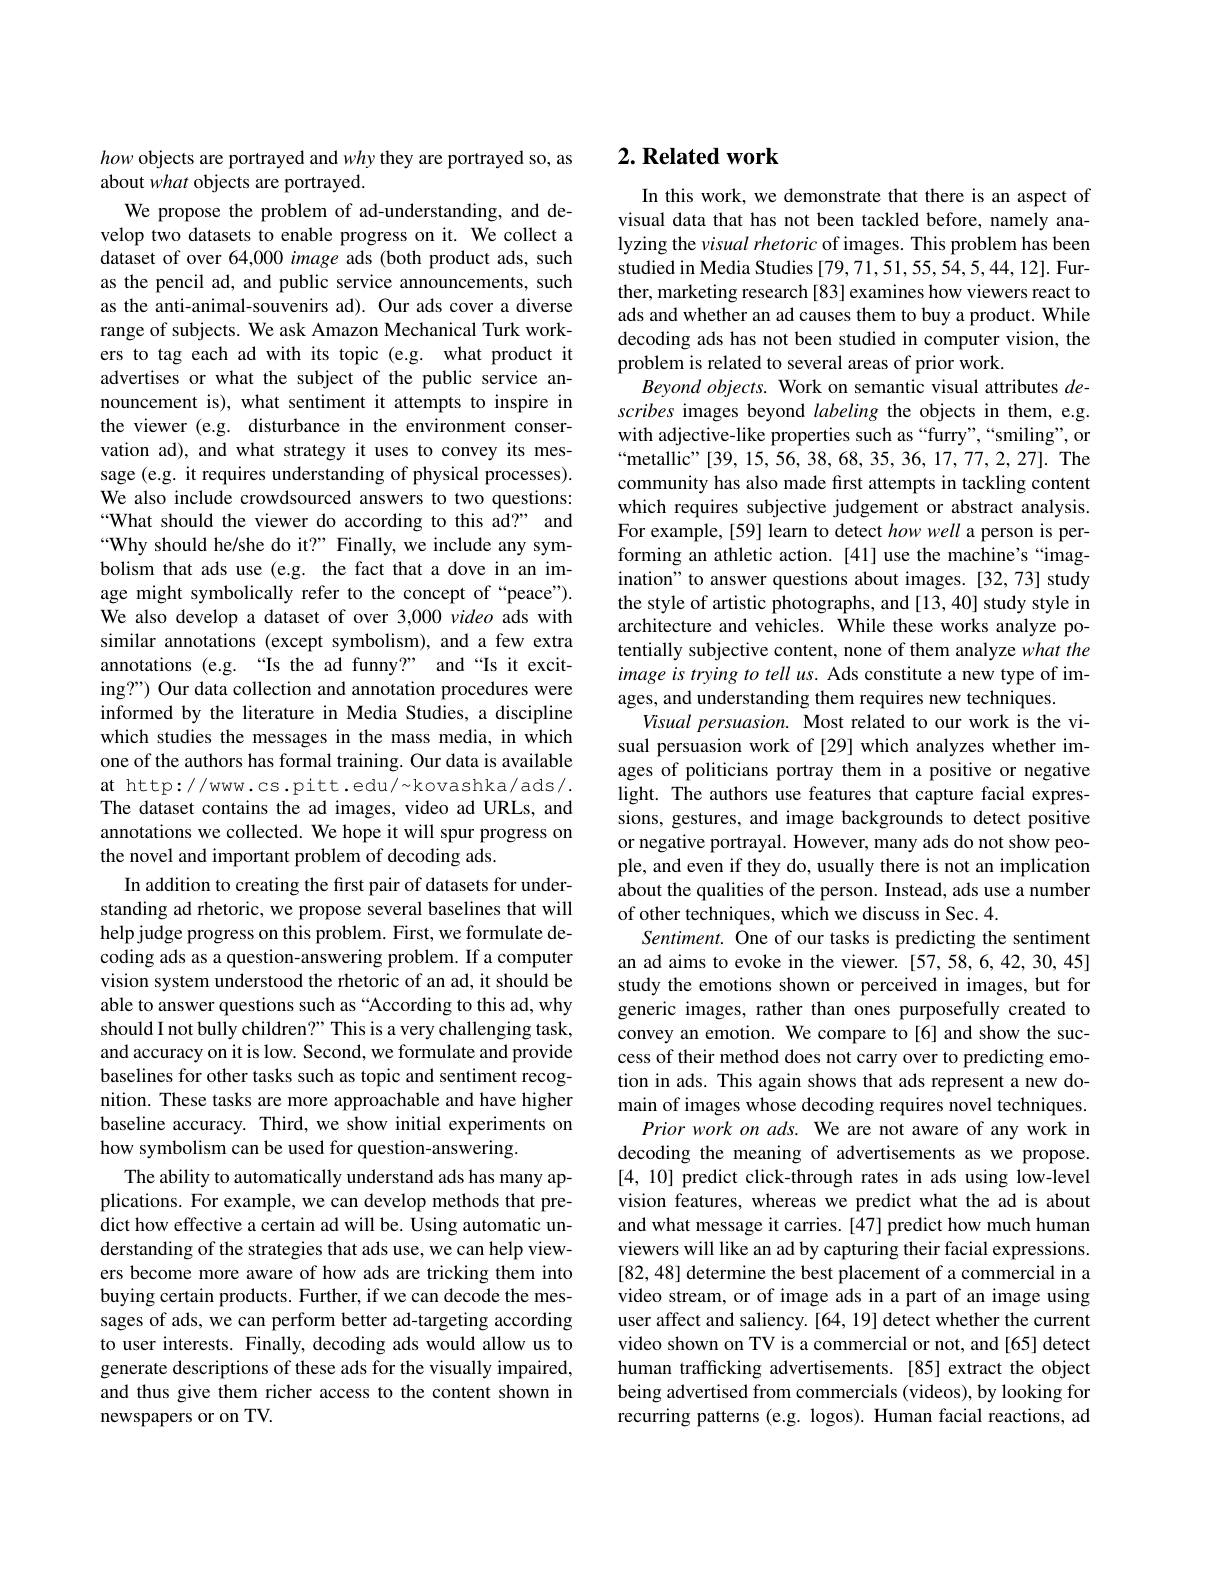
how objects are portrayed and why they are portrayed so, as
about what objects are portrayed.

We propose the problem of ad-understanding, and develop two datasets to enable progress on it. We collect a dataset of over 64,000 image ads (both product ads, such as the pencil ad, and public service announcements, such as the anti-animal-souvenirs ad). Our ads cover a diverse range of subjects. We ask Amazon Mechanical Turk workers to tag each ad with its topic (e.g. what product it advertises or what the subject of the public service announcement is), what sentiment it attempts to inspire in the viewer (e.g. disturbance in the environment conservation ad), and what strategy it uses to convey its message (e.g. it requires understanding of physical processes). We also include crowdsourced answers to two questions: “What should the viewer do according to this ad?” and “Why should he/she do it?” Finally, we include any symbolism that ads use (e.g. the fact that a dove in an image might symbolically refer to the concept of “peace”). We also develop a dataset of over 3,000 video ads with similar annotations (except symbolism), and a few extra annotations (e.g.“Is the ad funny?” and“Is it exciting?") Our data collection and annotation procedures were informed by the literature in Media Studies, a discipline which studies the messages in the mass media, in which one of the authors has formal training. Our data is available at http://www.cs.pitt.edu/~kovashka/ads/. The dataset contains the ad images, video ad URLs, and annotations we collected. We hope it will spur progress on the novel and important problem of decoding ads.
In addition to creating the first pair of datasets for understanding ad rhetoric, we propose several baselines that will help judge progress on this problem. First, we formulate decoding ads as a question-answering problem. If a computer vision system understood the rhetoric of an ad, it should be able to answer questions such as “According to this ad, why should I not bully children?" This is a very challenging task, and accuracy on it is low. Second, we formulate and provide baselines for other tasks such as topic and sentiment recognition. These tasks are more approachable and have higher baseline accuracy. Third, we show initial experiments on how symbolism can be used for question-answering.
The ability to automatically understand ads has many applications. For example, we can develop methods that predict how effective a certain ad will be. Using automatic understanding of the strategies that ads use, we can help viewers become more aware of how ads are tricking them into buying certain products. Further, if we can decode the messages of ads, we can perform better ad-targeting according to user interests. Finally, decoding ads would allow us to generate descriptions of these ads for the visually impaired, and thus give them richer access to the content shown in newspapers or on TV.

# 2. Related work

In this work, we demonstrate that there is an aspect of visual data that has not been tackled before, namely analyzing the visual rhetoric of images. This problem has been studied in Media Studies [79, 71,51,55,54,5,44,12]. Further, marketing research[83] examines how viewers react to ads and whether an ad causes them to buy a product. While decoding ads has not been studied in computer vision, the problem is related to several areas of prior work.
Beyond objects. Work on semantic visual attributes $de-$ scribes images beyond labeling the objects in them, e.g. with adjective-like properties such as “furry”,“smiling", or “metallic”[39,15,56,38,68,35,36,17,77,2,27]. The community has also made first attempts in tackling content which requires subjective judgement or abstract analysis. For example, [59] learn to detect how well a person is performing an athletic action. [41] use the machine's “imagination" to answer questions about images. [32,73] study the style of artistic photographs, and [13,40] study style in architecture and vehicles. While these works analyze potentially subjective content, none of them analyze what the image is trying to tell us. Ads constitute a new type of images, and understanding them requires new techniques.
Visual persuasion. Most related to our work is the visual persuasion work of [29] which analyzes whether images of politicians portray them in a positive or negative light. The authors use features that capture facial expressions, gestures, and image backgrounds to detect positive or negative portrayal. However, many ads do not show people, and even if they do, usually there is not an implication about the qualities of the person. Instead, ads use a number of other techniques, which we discuss in Sec. 4.
Sentiment. Ône of our tasks is predicting the sentiment an ad aims to evoke in the viewer. [57,58,6,42,30,45] study the emotions shown or perceived in images, but for generic images, rather than ones purposefully created to convey an emotion. We compare to[6] and show the success of their method does not carry over to predicting emotion in ads. This again shows that ads represent a new domain of images whose decoding requires novel techniques.
Prior work on ads. We are not aware of any work in decoding the meaning of advertisements as we propose. [4,10] predict click-through rates in ads using low-level vision features, whereas we predict what the ad is about and what message it carries. [47] predict how much human viewers will like an ad by capturing their facial expressions. [82, 48] determine the best placement of a commercial in a video stream, or of image ads in a part of an image using user affect and saliency. [64, 19] detect whether the current video shown on TV is a commercial or not, and[65] detect human trafficking advertisements. [85] extract the object being advertised from commercials (videos), by looking for recurring patterns (e.g. logos). Human facial reactions, ad